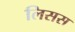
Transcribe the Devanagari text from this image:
लिसस